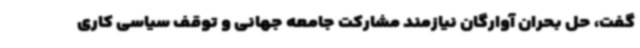
گفت، حل بحران آوارگان نیازمند مشارکت جامعه جهانی و توقف سیاسی کاری